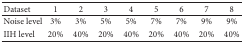
| Dataset | 1 | 2 | 3 | 4 | 5 | 6 | 7 | 8 |
 | --- | --- | --- | --- | --- | --- | --- | --- | --- |
 | Noise level | 3% | 3% | 5% | 5% | 7% | 7% | 9% | 9% |
 | IIH level | 20% | 40% | 20% | 40% | 20% | 40% | 20% | 40% |